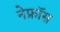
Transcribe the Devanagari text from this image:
नेफ्रॉस